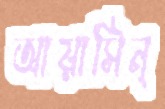
আয়াসিন্